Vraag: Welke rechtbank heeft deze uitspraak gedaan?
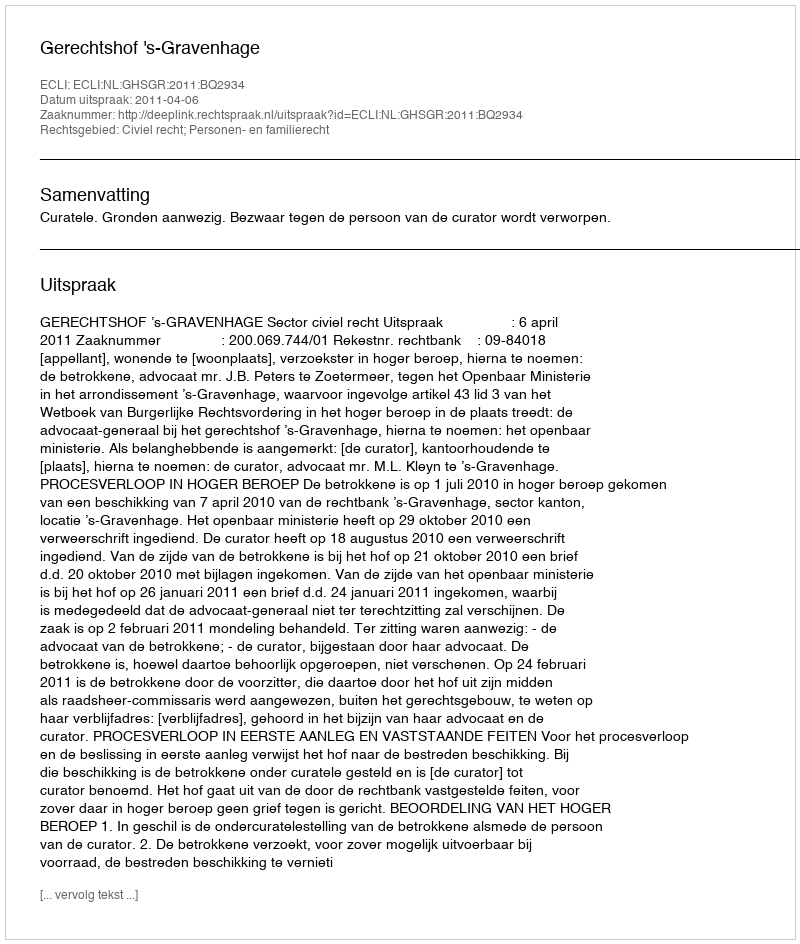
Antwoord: Gerechtshof 's-Gravenhage